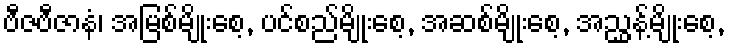
ဗီဇဗီဇာနံ၊ အမြစ်မျိုးစေ့, ပင်စည်မျိုးစေ့, အဆစ်မျိုးစေ့, အညွှန့်မျိုးစေ့,